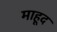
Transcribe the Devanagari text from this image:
माहूद